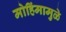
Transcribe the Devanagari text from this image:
मोहिंमामुळे